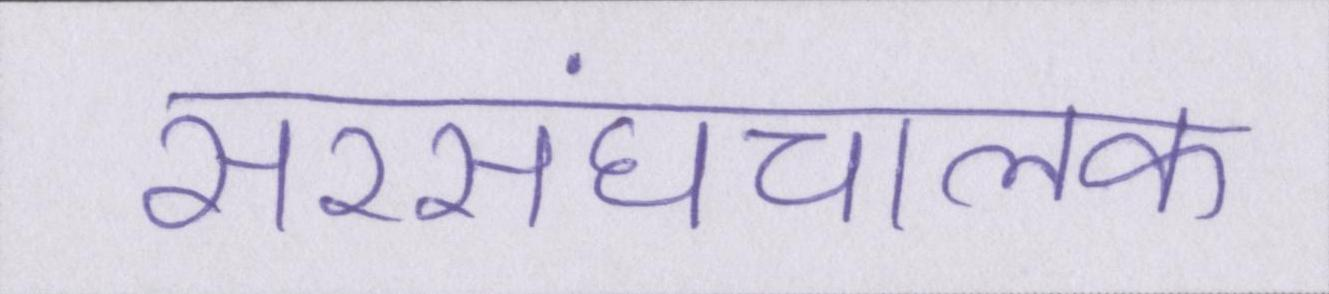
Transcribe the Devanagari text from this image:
सरसंघचालक